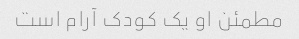
مطمئن او یک کودک آرام است